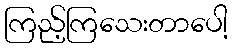
ကြည့်ကြသေးတာပေါ့